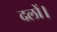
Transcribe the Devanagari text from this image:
दलों।